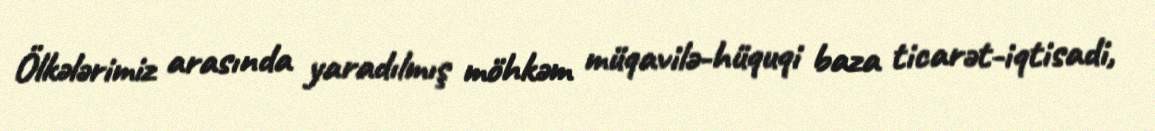
Ölkələrimiz arasında yaradılmış möhkəm müqavilə-hüquqi baza ticarət-iqtisadi,